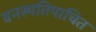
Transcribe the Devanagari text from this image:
वनस्पतिपाचित